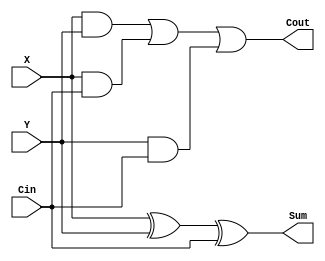
`timescale 1ns / 1ps
`default_nettype none
//////////////////////////////////////////////////////////////////////////////////
// Company: 
// Engineer: 
// 
// Design Name: 
// Module Name: FullAdder
// Project Name: 
// Target Devices: 
// Tool Versions: 
// Description: 
// 
// Dependencies: 
// 
// Revision:
// Revision 0.01 - File Created
// Additional Comments:
// 
//////////////////////////////////////////////////////////////////////////////////


module FullAdder(
    input wire X,
    input wire Y,
    input wire Cin,
    output wire Cout,
    output wire Sum
    );
    
    assign Sum = X ^ Y ^ Cin ;
	assign Cout = (X & Y) | (X & Cin) | (Y & Cin) ;
endmodule